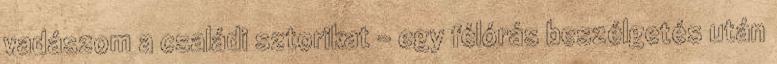
vadászom a családi sztorikat - egy félórás beszélgetés után